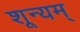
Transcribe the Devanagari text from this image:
शून्यम्